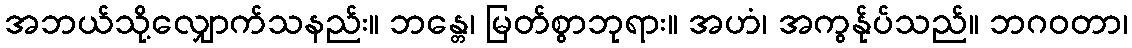
အဘယ်သို့လျှောက်သနည်း။ ဘန္တေ၊ မြတ်စွာဘုရား။ အဟံ၊ အကွန်ုပ်သည်။ ဘဂဝတာ၊